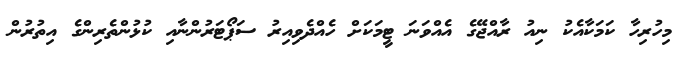
މިހުރިހާ ކަމަކާއެކު ނިއު ރާއްޖޭގެ އެއްވަނަ ޓީމަކަށް ހެއްދެވިއިރު ސަޕޯޓަރުންނާއި ކުޅުންތެރިންގެ އިތުރުން